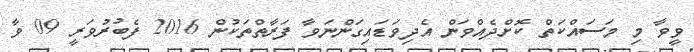
ވީވާ މި މަސައްކަތް ކޮށްދެއްވަން އެދިވަޑައިގަންނަވާ ފަރާތްތަކުން 2016 ފެބުރުވަރީ 09 ވާ